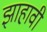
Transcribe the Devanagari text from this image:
झाहावी